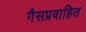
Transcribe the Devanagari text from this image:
गैसप्रवाहित